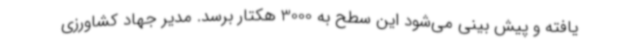
یافته و پیش بینی می‌شود این سطح به 3000 هکتار برسد. مدیر جهاد کشاورزی